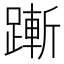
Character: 𬧋